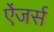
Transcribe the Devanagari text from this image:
ऐंजर्स